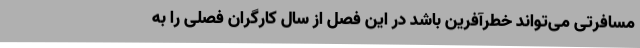
مسافرتی می‌تواند خطرآفرین باشد در این فصل از سال کارگران فصلی را به